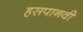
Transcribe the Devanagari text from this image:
हसपानवी